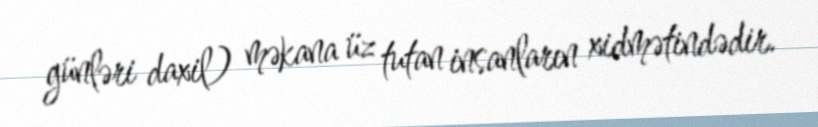
günləri daxil) məkana üz tutan insanların xidmətindədir.